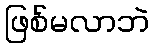
ဖြစ်မလာဘဲ